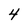
Character: 4